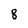
Character: 8